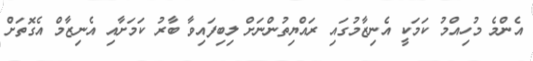
އެންމެ މުހިއްމު ކަމަކީ އެނިޒާމުގައި ރައްޔިތުންނަށް ލިބިފައިވާ ބާރު ކަމަށާއި އެނިޒާމް އެގޮތަށް